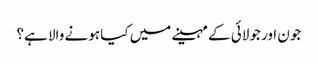
جون اور جولائی کے مہینے میں کیا ہونے والا ہے؟